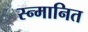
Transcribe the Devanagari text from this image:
स्न्मानित